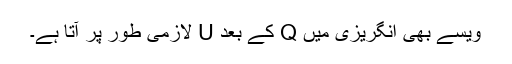
ویسے بھی انگریزی میں Q کے بعد U لازمی طور پر آتا ہے۔